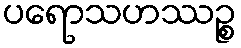
ပရောသဟဿဉ္စ